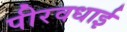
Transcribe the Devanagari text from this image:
पीरवधाई